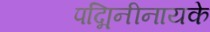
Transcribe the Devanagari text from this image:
पद्मिनीनायके